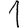
Digit: 1